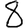
Digit: 8